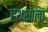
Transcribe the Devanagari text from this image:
हथशाला